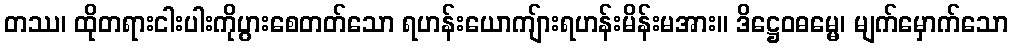
တဿ၊ ထိုတရားငါးပါးကိုပွားစေတတ်သော ရဟန်းယောကျ်ားရဟန်းမိန်းမအား။ ဒိဋ္ဌေဝဓမ္မေ၊ မျက်မှောက်သော